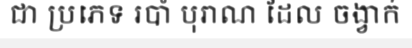
ជា ប្រភេទ របាំ បុរាណ ដែល ចង្វាក់